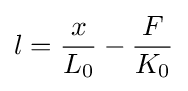
l={\frac {x}{L_{0}}}-{\frac {F}{K_{0}}}